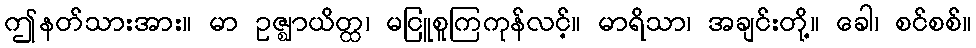
ဤနတ်သားအား။ မာ ဥဇ္ဈာယိတ္ထ၊ မငြူစူကြကုန်လင့်။ မာရိသာ၊ အချင်းတို့။ ခေါ၊ စင်စစ်။